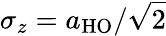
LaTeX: \sigma_{z}=a_{\mathrm{{HO}}}/\sqrt{2}